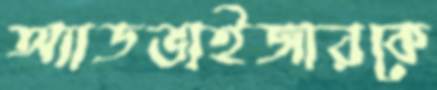
অ্যাডভাইজারকে